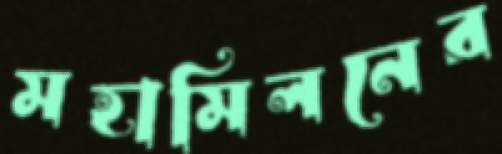
মহামিলনের